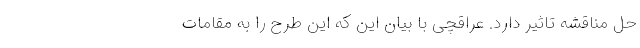
حل مناقشه تاثیر دارد. عراقچی با بیان این که این طرح را به مقامات